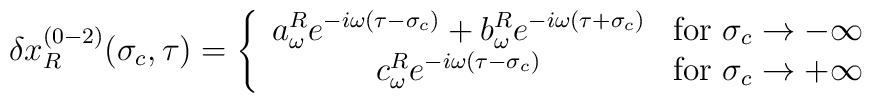
\delta x_R^{(0-2)} (\sigma_c,\tau)=\left\{ \begin{array}{cl}a^R_\omega e^{-i\omega(\tau-\sigma_c)}+b^R_\omega e^{-i\omega(\tau+\sigma_c)}&\mbox{for $\sigma_c\rightarrow-\infty$}\\c^R_\omega e^{-i\omega(\tau-\sigma_c)}&\mbox{for $\sigma_c\rightarrow+\infty$}\end{array}\right.